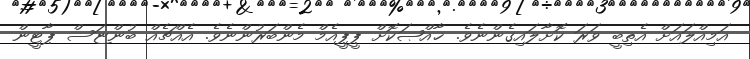
އަމިއްލައަށް އެތިބީ ވަރަ ކޮށާލައިގެންނެވެ. ޚާއްޞަކޮށް ޕީޕީއެމް މެންބަރުންނެވެ. އެއްޗެއް ބުންޏަސް ޕާޓީން